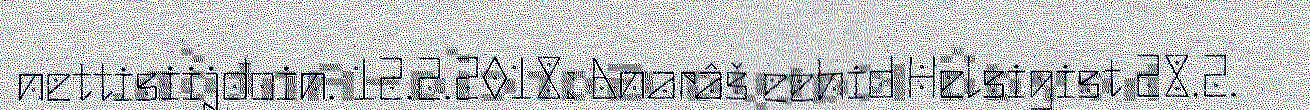
nettisiijđoin. 12.2.2018: Anarâš eehid Helsigist 28.2.